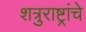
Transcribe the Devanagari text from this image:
शत्रुराष्ट्रांचे